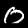
Digit: 0